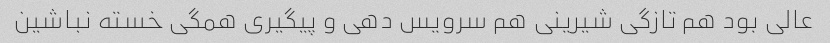
عالی بود هم تازگی شیرینی هم سرویس دهی و پیگیری همگی خسته نباشین